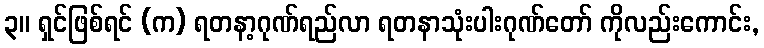
၃။ ရှင်ဖြစ်ရင် (က) ရတနာ့ဂုဏ်ရည်လာ ရတနာသုံးပါးဂုဏ်တော် ကိုလည်းကောင်း,